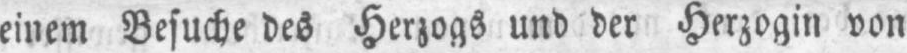
einem Besuche des Herzogs und der Herzogin von